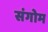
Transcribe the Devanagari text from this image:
संगोम